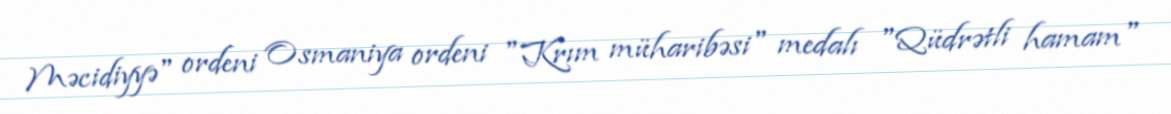
Məcidiyyə" ordeni Osmaniya ordeni "Krım müharibəsi" medalı "Qüdrətli hamam"